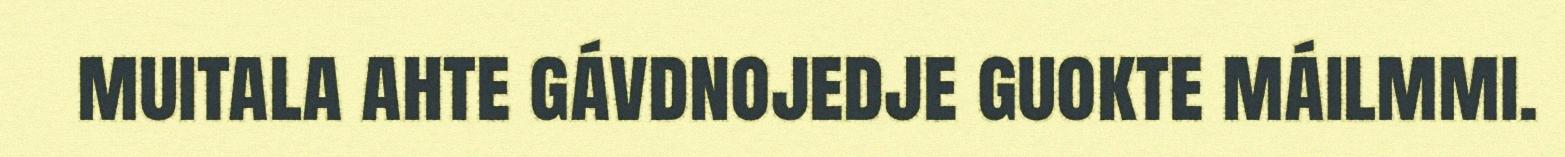
muitala ahte gávdnojedje guokte máilmmi.